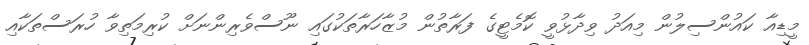
މީޑިއާ ކައުންސިލުން މިއަދު ވިދާޅުވީ ކޮމެޓީގެ ފަރާތުން މުޒާހަރާތަކުގައި ނޫސްވެރިންނަށް ކުރިމަތިވާ ހުރަސްތަކާއި